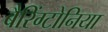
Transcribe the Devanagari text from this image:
बैरिंग्टोनिया